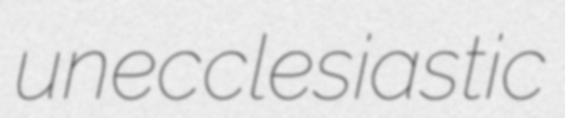
unecclesiastic